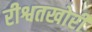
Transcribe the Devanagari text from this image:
रीश्वतखोरी